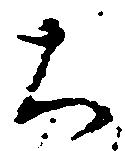
大